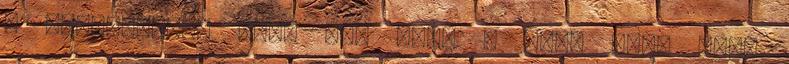
a kényelemből FIAT 500 Riva - Édes élet négy